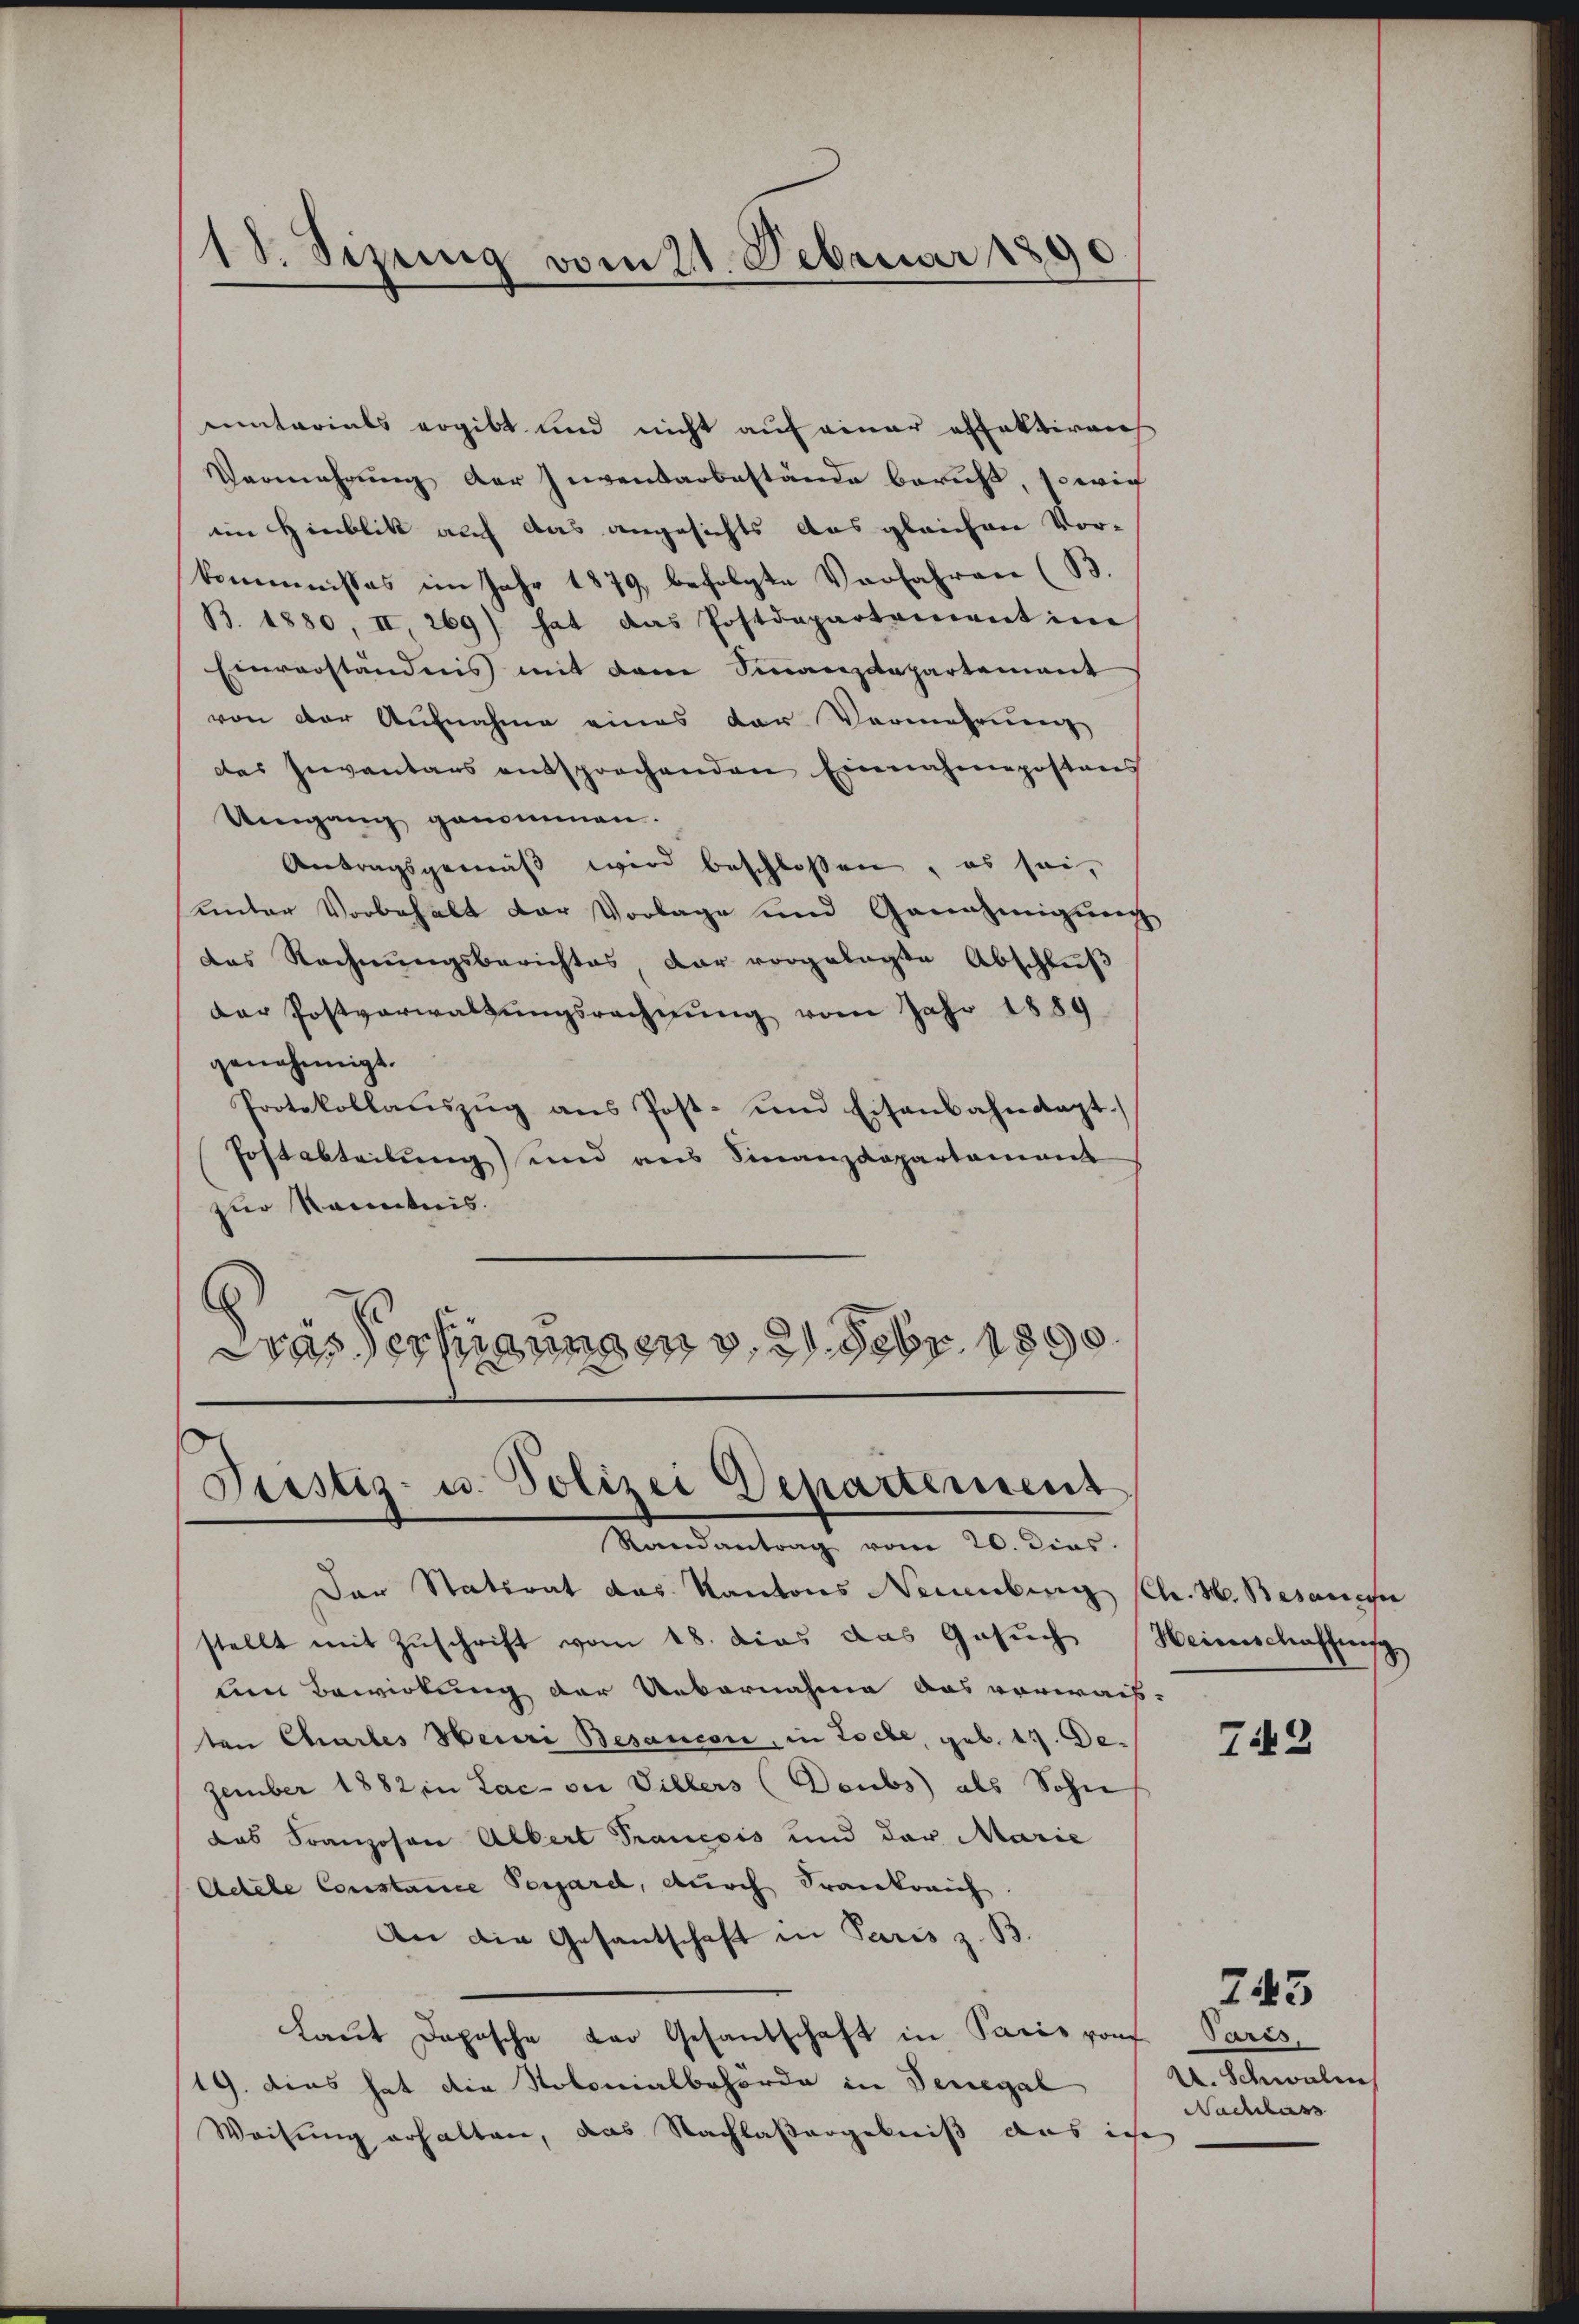
18. Sizung vom 21. Februar 1890

entarials ergibt und nicht auf einer affaktivers
Vermehrung der Inventarbestände beruht, sowie
im Hinblik auf das angesichts das gleichen Vor-
kommnisses im Jahr 1879, befolgte Verfahren (B.
B. 1880, II, 269) hat das Postdepartement im
Einverständnis mit dem Sinanzdepartement
von der Aŭfnahme eines der Vermehrung
des Inventars entsprochenden Einnahmepostens
Umgang genommen.
Antragsgemäβ wird beschlossen, es sei,
unter Vorbehalt der Vorlage und Genehmigung
das Rechnŭngsberichtes, dar vorgelegte Abschlŭβ
der Postverwaltŭngsrechnung vom Jahr 1889
genehmigt.
Protokollaŭszŭg ans Post- und Eisenbahndapt.
Postabteilung) und aus Finanzdepartament
zur Kenntnis.
.
Das Verfügungen v. 21. Febr. 1890

Piustiz- u. Polizei Departement
Randantrag vom 20. dies

Der Statirat das Kantons Neuenburg Chr. H. Besanen
stellt mit Zuschrift vom 18. dies das Gesuch
len Bewirkung der Uebernahme das vorwais-
ten Chartes Heuri Besaucon, in Loche, geb. 17. Dezember 1882 in Lac- der Villers (Deubs) als Sohn
das Franzosen Albert Tranesis und der Marie
Adele Constance Sergare, durch Frankreich
An die Gesantschaft in Paris z. B.
Laut Dopische der Gesandschaft in Paris von Paris,
19. dies hat die Notonialbehörde in Venegal
Weisung erhalten, das Nachlaßergebniß aus ich

Weinschaffung
3)

742

A. Schwaben
Nachlass

745